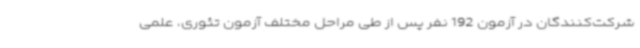
شرکت‌کنندگان در آزمون 192 نفر پس از طی مراحل مختلف آزمون تئوری، علمی